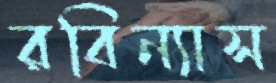
রবিন্যাস